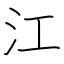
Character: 江